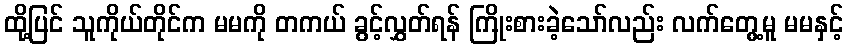
ထို့ပြင် သူကိုယ်တိုင်က မမကို တကယ် ခွင့်လွှတ်ရန် ကြိုးစားခဲ့သော်လည်း လက်တွေ့မူ မမနှင့်